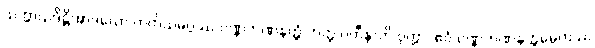
သက္ကာယဒိဋ္ဌိအာဒယော တတိယမဂ္ဂဿ ဝဏ္ဏဘဏနတ္ထံ တတ္ထ ပဟီနာတိ ဝုတ္တာ, ဧဝံ ဝဏ္ဏဘဏနတ္ထမ္ပေတဿ